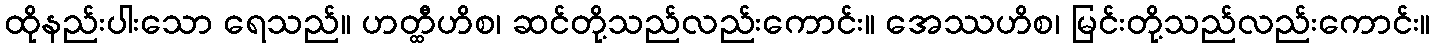
ထိုနည်းပါးသော ရေသည်။ ဟတ္ထီဟိစ၊ ဆင်တို့သည်လည်းကောင်း။ အေဿဟိစ၊ မြင်းတို့သည်လည်းကောင်း။